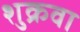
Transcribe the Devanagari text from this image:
शुक्रवा